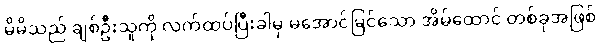
မိမိသည် ချစ်ဦးသူကို လက်ထပ်ပြီးခါမှ မအောင်မြင်သော အိမ်ထောင် တစ်ခုအဖြစ်